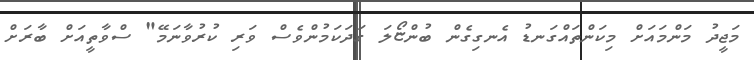
މަޖީދު މަންމައަށް މިކަންތައްގަނޑު އެނގިގެން ބުންޏޯލަ ގަދަކަމުންވެސް ވަރި ކުރުވާނަމޭ" ސްވާތީއަށް ބާރަށް